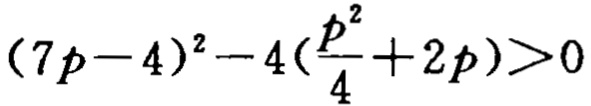
\((7p - 4)^2 - 4(\frac{p^2}{4} + 2p) > 0\)